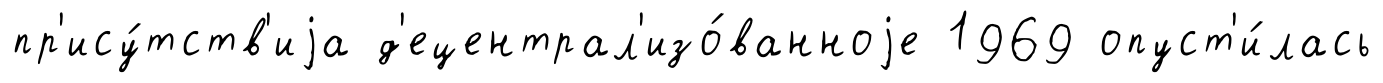
пр'ису́тств'иjа д'ецентрал'изо́ванноjе 1969 опуст'и́лась